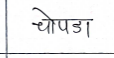
मजकूर: चोपडा